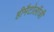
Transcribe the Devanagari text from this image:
हीमैटोलॉजी